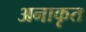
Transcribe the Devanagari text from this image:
अनाकृत